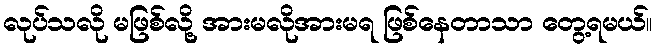
လုပ်သလို မဖြစ်လို့ အားမလိုအားမရ ဖြစ်နေတာသာ တွေ့ရမယ်။